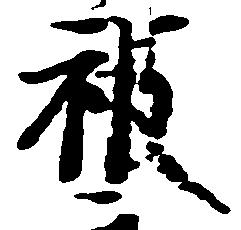
被